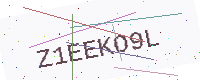
Text: Z1EEKO9L